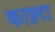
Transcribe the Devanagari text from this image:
काफ़्टा